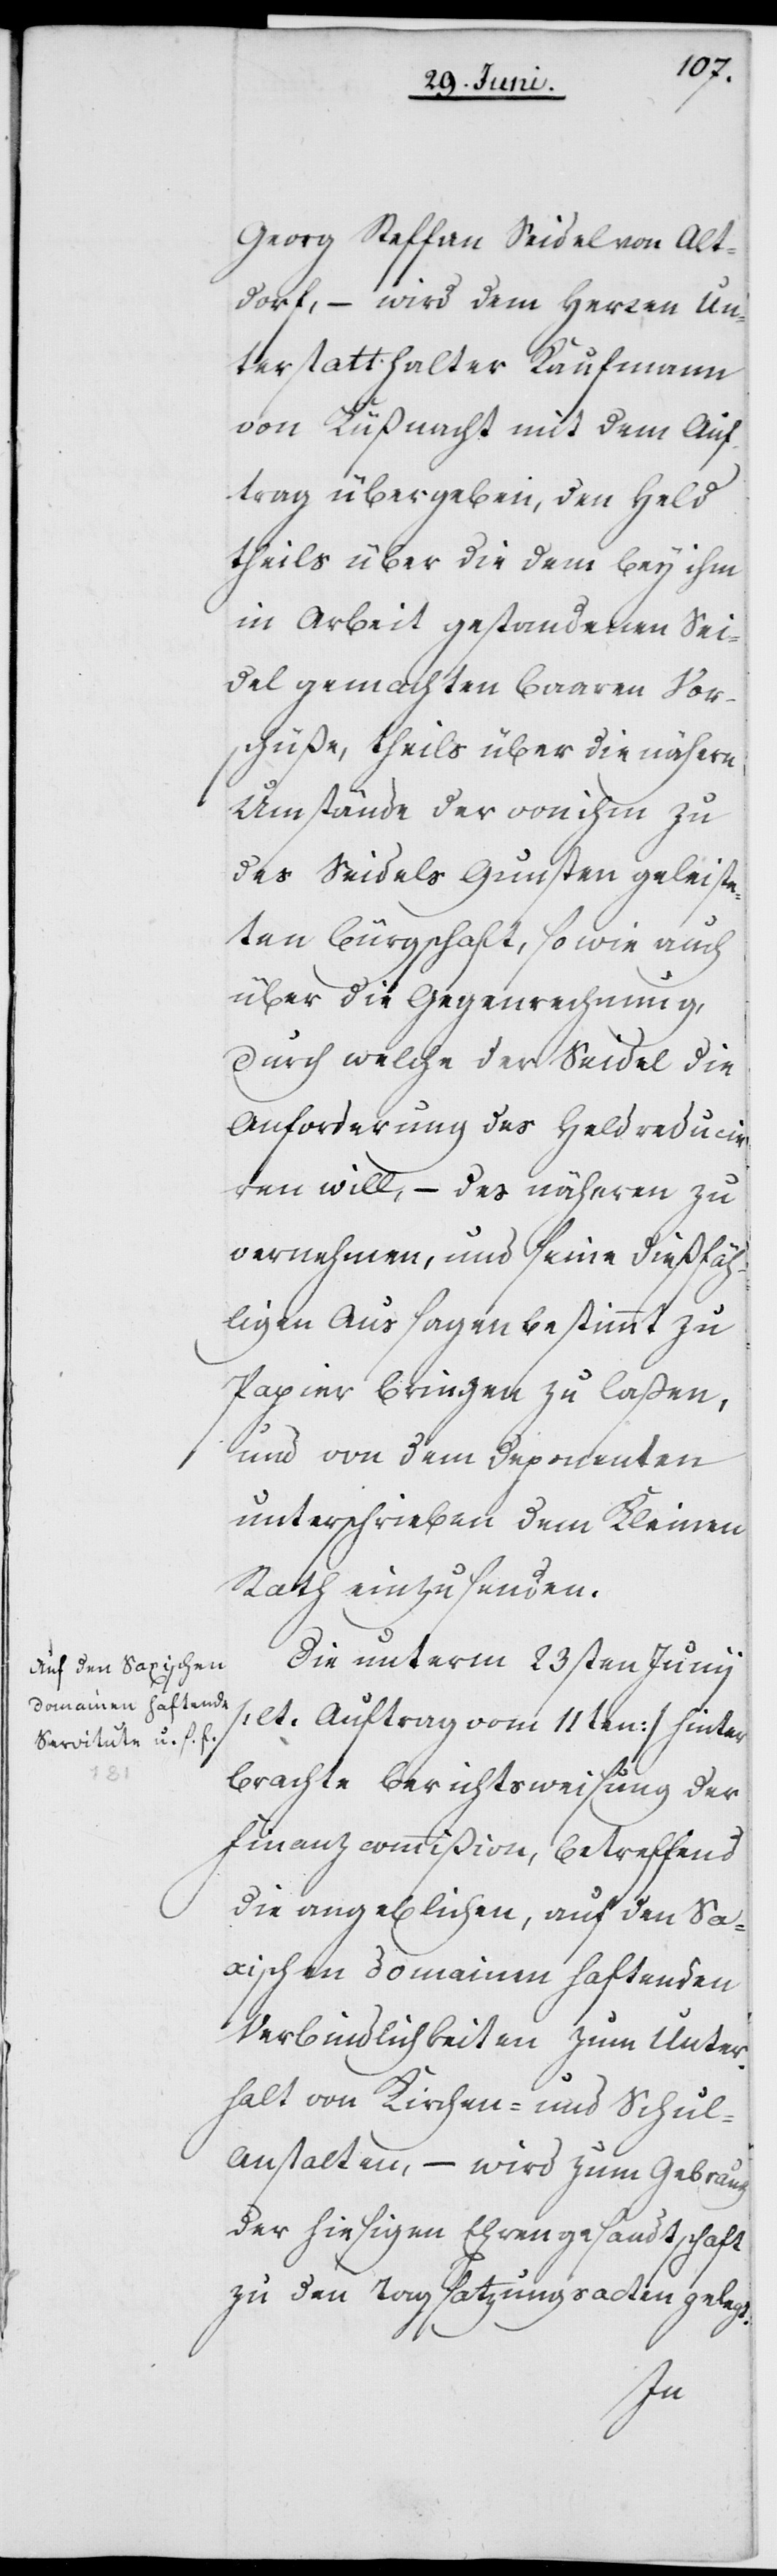
Georg Steffan Seidel von Alt¬
dorf [sic!], – wird dem Herren Un¬
terstatthalter Kaufmann
von Küßnacht mit dem Auf¬
trag übergeben, den Held
theils über die dem bey ihm
in Arbeit gestandenen Sei¬
del gemachten baaren Vor¬
schüße, theils über die nähern
Umstände der von ihm zu
des Seidels Gunsten geleiste¬
ten Bürgschaft, so wie auch
über die Gegenrechnung,
durch welche der Seidel die
Anforderung des Held reduci¬
ren will, – des näheren zu
vernehmen, und seine dießfäl¬
ligen Aussagen bestimmt zu
Papier bringen zu laßen,
und von dem Deponenten
unterschrieben dem Kleinen
Rath einzusenden.
Die unterm 23sten Junii
[lt. Auftrag vom 11ten] hinter¬
brachte Berichtsweisung der
Finanzcommißion, betreffend
die angeblichen, auf den Sax¬
ischen Domainen haftenden
Verbindlichkeiten zum Unter¬
halt von Kirchen- und Schul¬
anstalten, – wird zum Gebrauch
der hiesigen Ehrengesandtschaft
zu den Tagsatzungsacten gelegt.